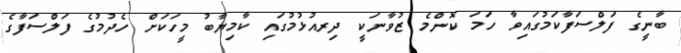
ބާނީގެ ފަލްސަފާކަމުގައިވާ ހަމަ ކޮންމެ ޒުވާނަކީ ދިރއުޅުމުގައި ކާމިޔާބު މީހަކަށް ހެދުމުގެ ފަލްސަފާގެ